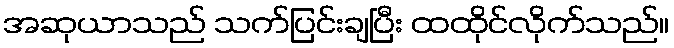
အဆုယာသည် သက်ပြင်းချပြီး ထထိုင်လိုက်သည်။